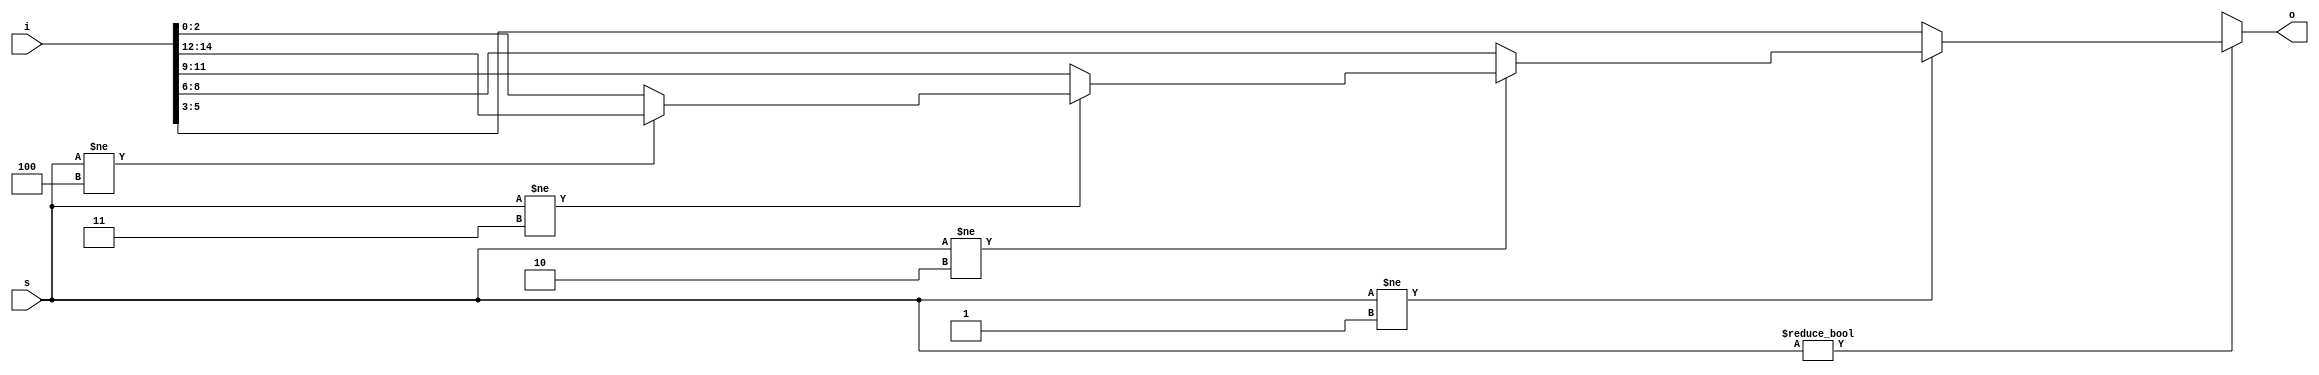
module mux_if_unbal_5_3_invert #(parameter N=5, parameter W=3) (input [N*W-1:0] i, input [$clog2(N)-1:0] s, output reg [W-1:0] o);
always @*
    if (s != 0) 
	   	if (s != 1) 
			if (s != 2)
				if (s != 3)
					if (s != 4) o <= i[4*W+:W];
					else o <= i[0*W+:W];
				else o <= i[3*W+:W];
			else o <= i[2*W+:W];
		else o <= i[1*W+:W];
    else o <= {W{1'bx}};
endmodule